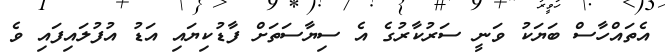
އެތައްހާސް ބަޔަކު ވަނީ ސަރުކާރުގެ އެ ސިޔާސަތަށް ފާޑުކިޔައި އަޑު އުފުލައިފައި ވެ